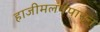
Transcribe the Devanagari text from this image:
हाजीमलंगपासून